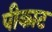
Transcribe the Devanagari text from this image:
पीकाट